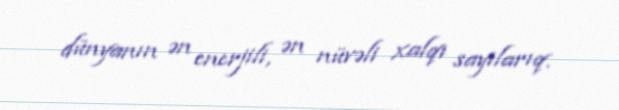
dünyanın ən enerjili, ən nüvəli xalqı sayılarıq.